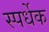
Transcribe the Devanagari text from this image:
स्पर्धेक